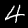
Digit: 4